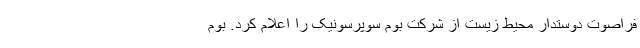
فراصوت دوستدار محیط زیست از شرکت بوم سوپرسونیک را اعلام کرد. بوم